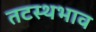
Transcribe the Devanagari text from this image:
तटस्थभाव